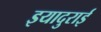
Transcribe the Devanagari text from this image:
इयादुराई